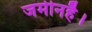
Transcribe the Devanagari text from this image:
जमीनहै।